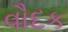
વૌદક